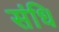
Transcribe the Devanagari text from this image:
संधि